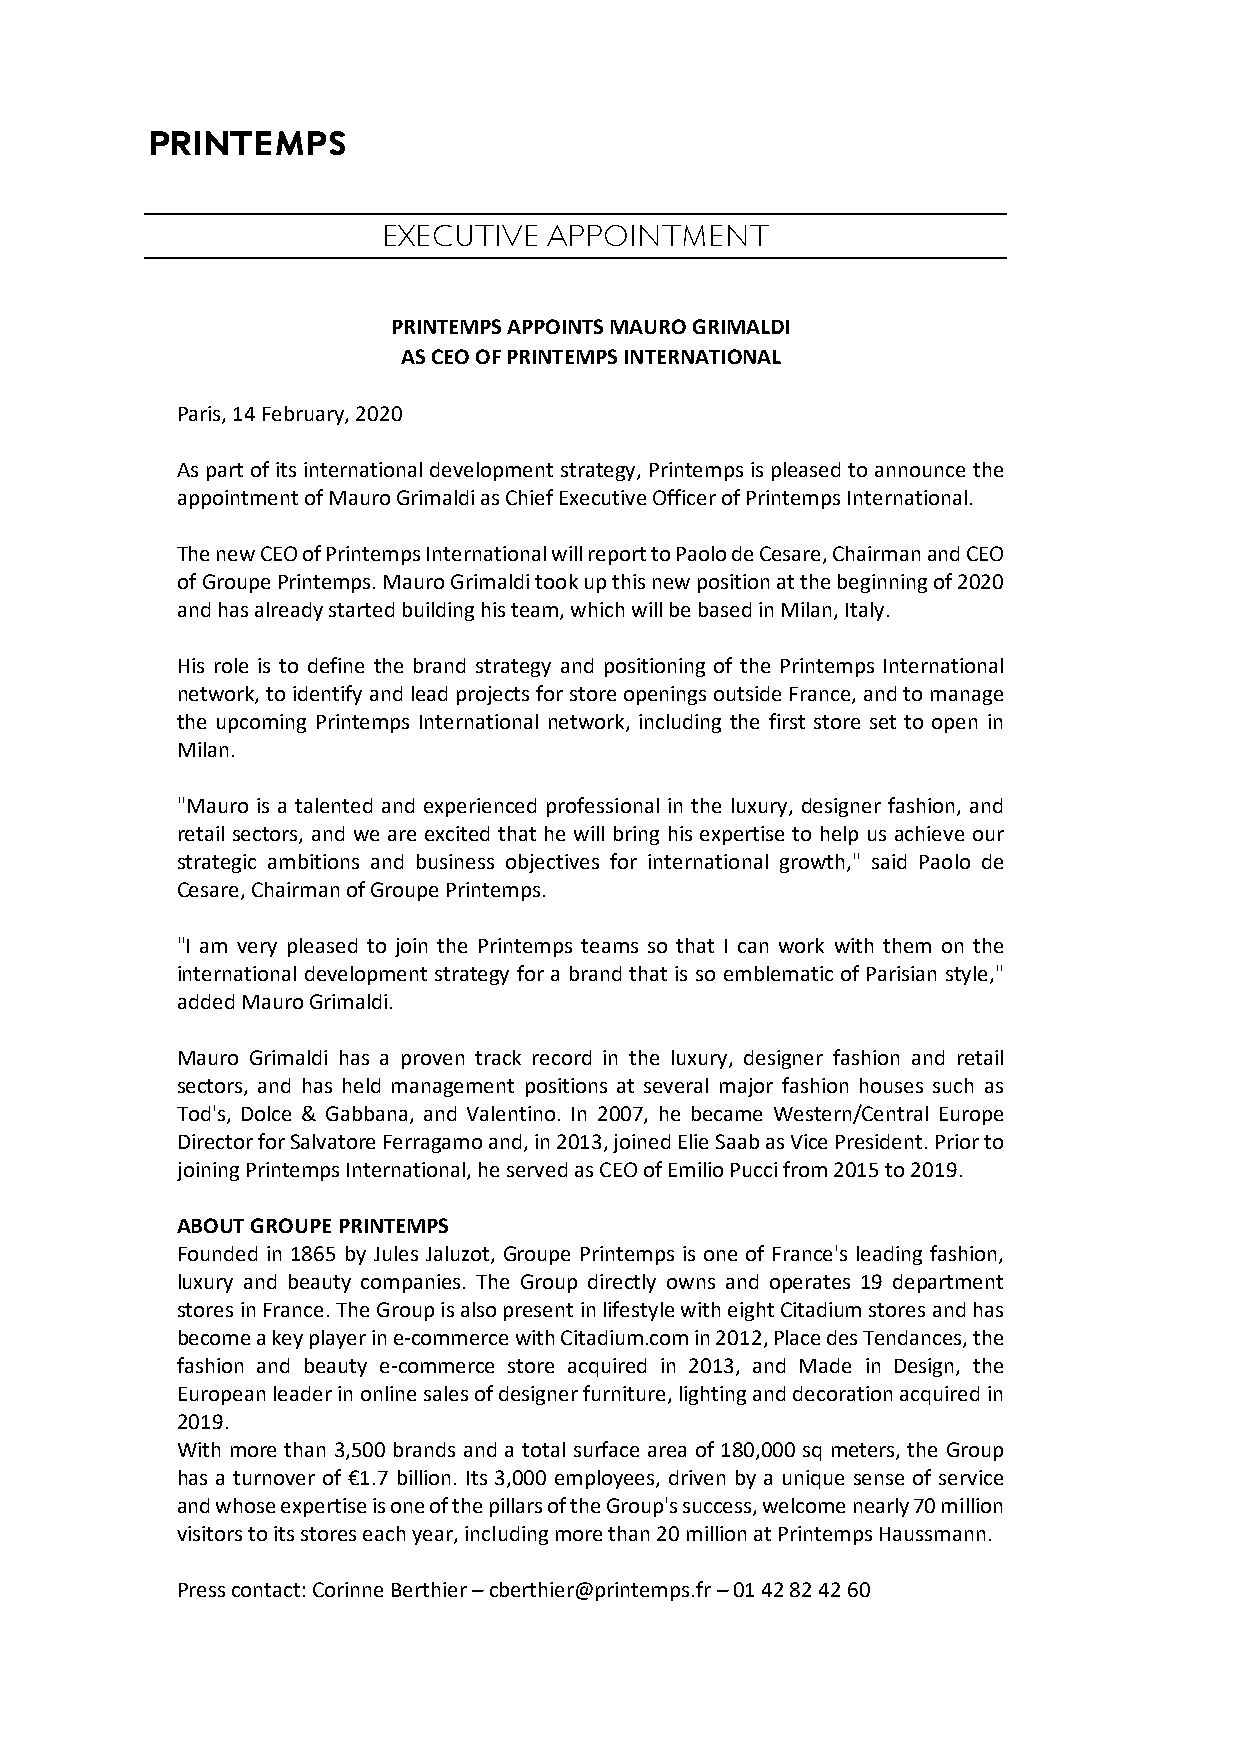
PRINTEMPS
 EXECUTIVE  APPOINTMENT
 PRINTEMPS APPOINTS MAURO GRIMALDI
 AS CEO OF PRINTEMPS INTERNATIONAL
 Paris, 14 February, 2020
 As part of its international development strategy, Printemps is pleased to announce the
 appointment of Mauro Grimaldi as Chief Executive Officer of Printemps International.
 The new CEO of Printemps International will report to Paolo de Cesare, Chairman and CEO
 of Groupe Printemps. Mauro Grimaldi took up this new position at the beginning of 2020
 and has already started building his team, which will be based in Milan, Italy.
 His role is to define the brand strategy and positioning of the Printemps International
 network, to identify and lead projects for store openings outside France, and to manage
 the upcoming Printemps International network, including the first store set to open in
 Milan.
 "Mauro is a talented and experienced professional in the luxury, designer fashion, and
 retail sectors, and we are excited that he will bring his expertise to help us achieve our
 strategic ambitions and business objectives for international growth," said Paolo de
 Cesare, Chairman of Groupe Printemps.
 "I am very pleased to join the Printemps teams so that I can work with them on the
 international development strategy for a brand that is so emblematic of Parisian style,"
 added Mauro Grimaldi.
 Mauro Grimaldi has a proven track record in the luxury, designer fashion and retail
 sectors, and has held management positions at several major fashion houses such as
 Tod's, Dolce & Gabbana, and Valentino. In 2007, he became Western/Central Europe
 Director for Salvatore Ferragamo and, in 2013, joined Elie Saab as Vice President. Prior to
 joining Printemps International, he served as CEO of Emilio Pucci from 2015 to 2019.
 ABOUT GROUPE PRINTEMPS
 Founded in 1865 by Jules Jaluzot, Groupe Printemps is one of France's leading fashion,
 luxury and beauty companies. The Group directly owns and operates 19 department
 stores in France. The Group is also present in lifestyle with eight Citadium stores and has
 become a key player in e-commerce with Citadium.com in 2012, Place des Tendances, the
 fashion and beauty e-commerce store acquired in 2013, and Made in Design, the
 European leader in online sales of designer furniture, lighting and decoration acquired in
 2019.
 With more than 3,500 brands and a total surface area of 180,000 sq meters, the Group
 has a turnover of €1.7 billion. Its 3,000 employees, driven by a unique sense of service
 and whose expertise is one of the pillars of the Group's success, welcome nearly 70 million
 visitors to its stores each year, including more than 20 million at Printemps Haussmann.
 Press contact: Corinne Berthier – cberthier@printemps.fr – 01 42 82 42 60